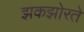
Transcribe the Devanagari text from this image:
झकझोरते